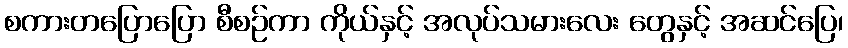
စကားတပြောပြော စီစဉ်ကာ ကိုယ်နှင့် အလုပ်သမားလေး တွေနှင့် အဆင်ပြေ၊